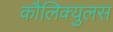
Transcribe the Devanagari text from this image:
कौलिक्युलस